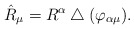
\begin{gather*}{\hat{R}_\mu}=R^\alpha\bigtriangleup(\varphi_{\alpha\mu}).\end{gather*}